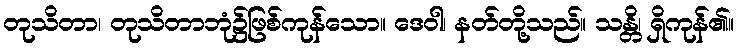
တုသိတာ၊ တုသိတာဘုံ၌ဖြစ်ကုန်သော။ ဒေဝါ၊ နတ်တို့သည်။ သန္တိ၊ ရှိကုန်၏။